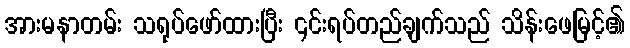
အားမနာတမ်း သရုပ်ဖော်ထားပြီး ၎င်းရပ်တည်ချက်သည် သိန်းဖေမြင့်၏